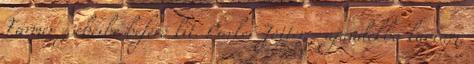
Farmer zsebeibe beférő kit. Parker Jotter - ajándékba kaptam,